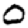
Digit: 0